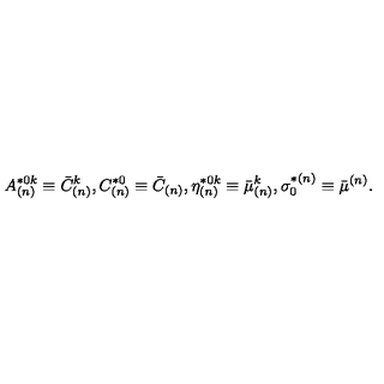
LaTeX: A _ { ( n ) } ^ { * 0 k } \equiv \bar { C } _ { ( n ) } ^ { k } , C _ { ( n ) } ^ { * 0 } \equiv \bar { C } _ { ( n ) } , \eta _ { ( n ) } ^ { * 0 k } \equiv \bar { \mu } _ { ( n ) } ^ { k } , \sigma _ { 0 } ^ { * ( n ) } \equiv \bar { \mu } ^ { ( n ) } .